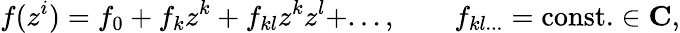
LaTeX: f(z^{i})=f_{0}+f_{k}z^{k}+f_{kl}z^{k}z^{l}+...,\qquad f_{kl...}=\mathrm{const.}\in{\mathbf C},